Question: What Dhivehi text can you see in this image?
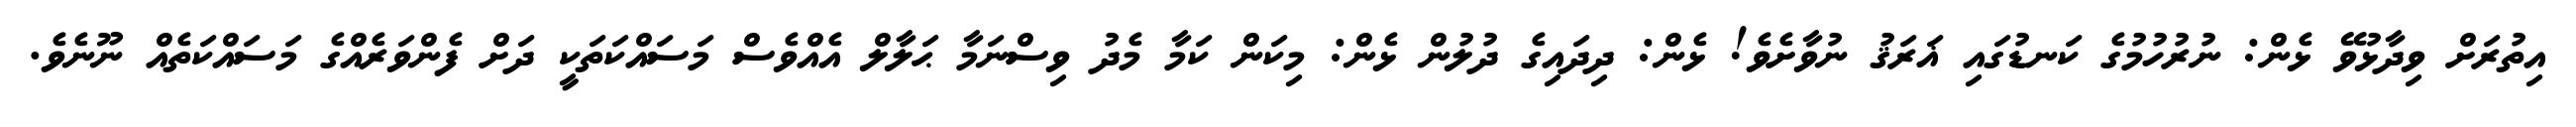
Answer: އިތުރަށް ވިދާޅުވޭ ޅެން: ނުރުހުމުގެ ކަނޑުގައި ޣަރަޤު ނުވާށެވެ! ޅެން: ދިދައިގެ ދުލުން ޅެން: މިކަން ކަމާ މެދު ވިސްނަމާ ޙަލާލް އެއްވެސް މަސައްކަތަކީ ދަށް ފެންވަރެއްގެ މަސައްކަތެއް ނޫނެވެ.